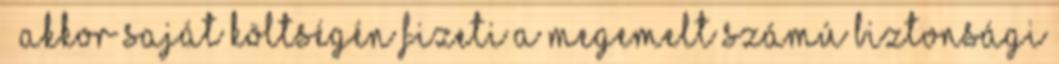
– akkor saját költségén fizeti a megemelt számú biztonsági